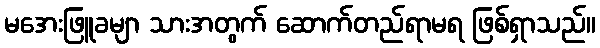
မအေးဖြူခမျာ သားအတွက် ဆောက်တည်ရာမရ ဖြစ်ရှာသည်။